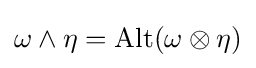
\omega \wedge \eta =\operatorname {Alt} (\omega \otimes \eta )